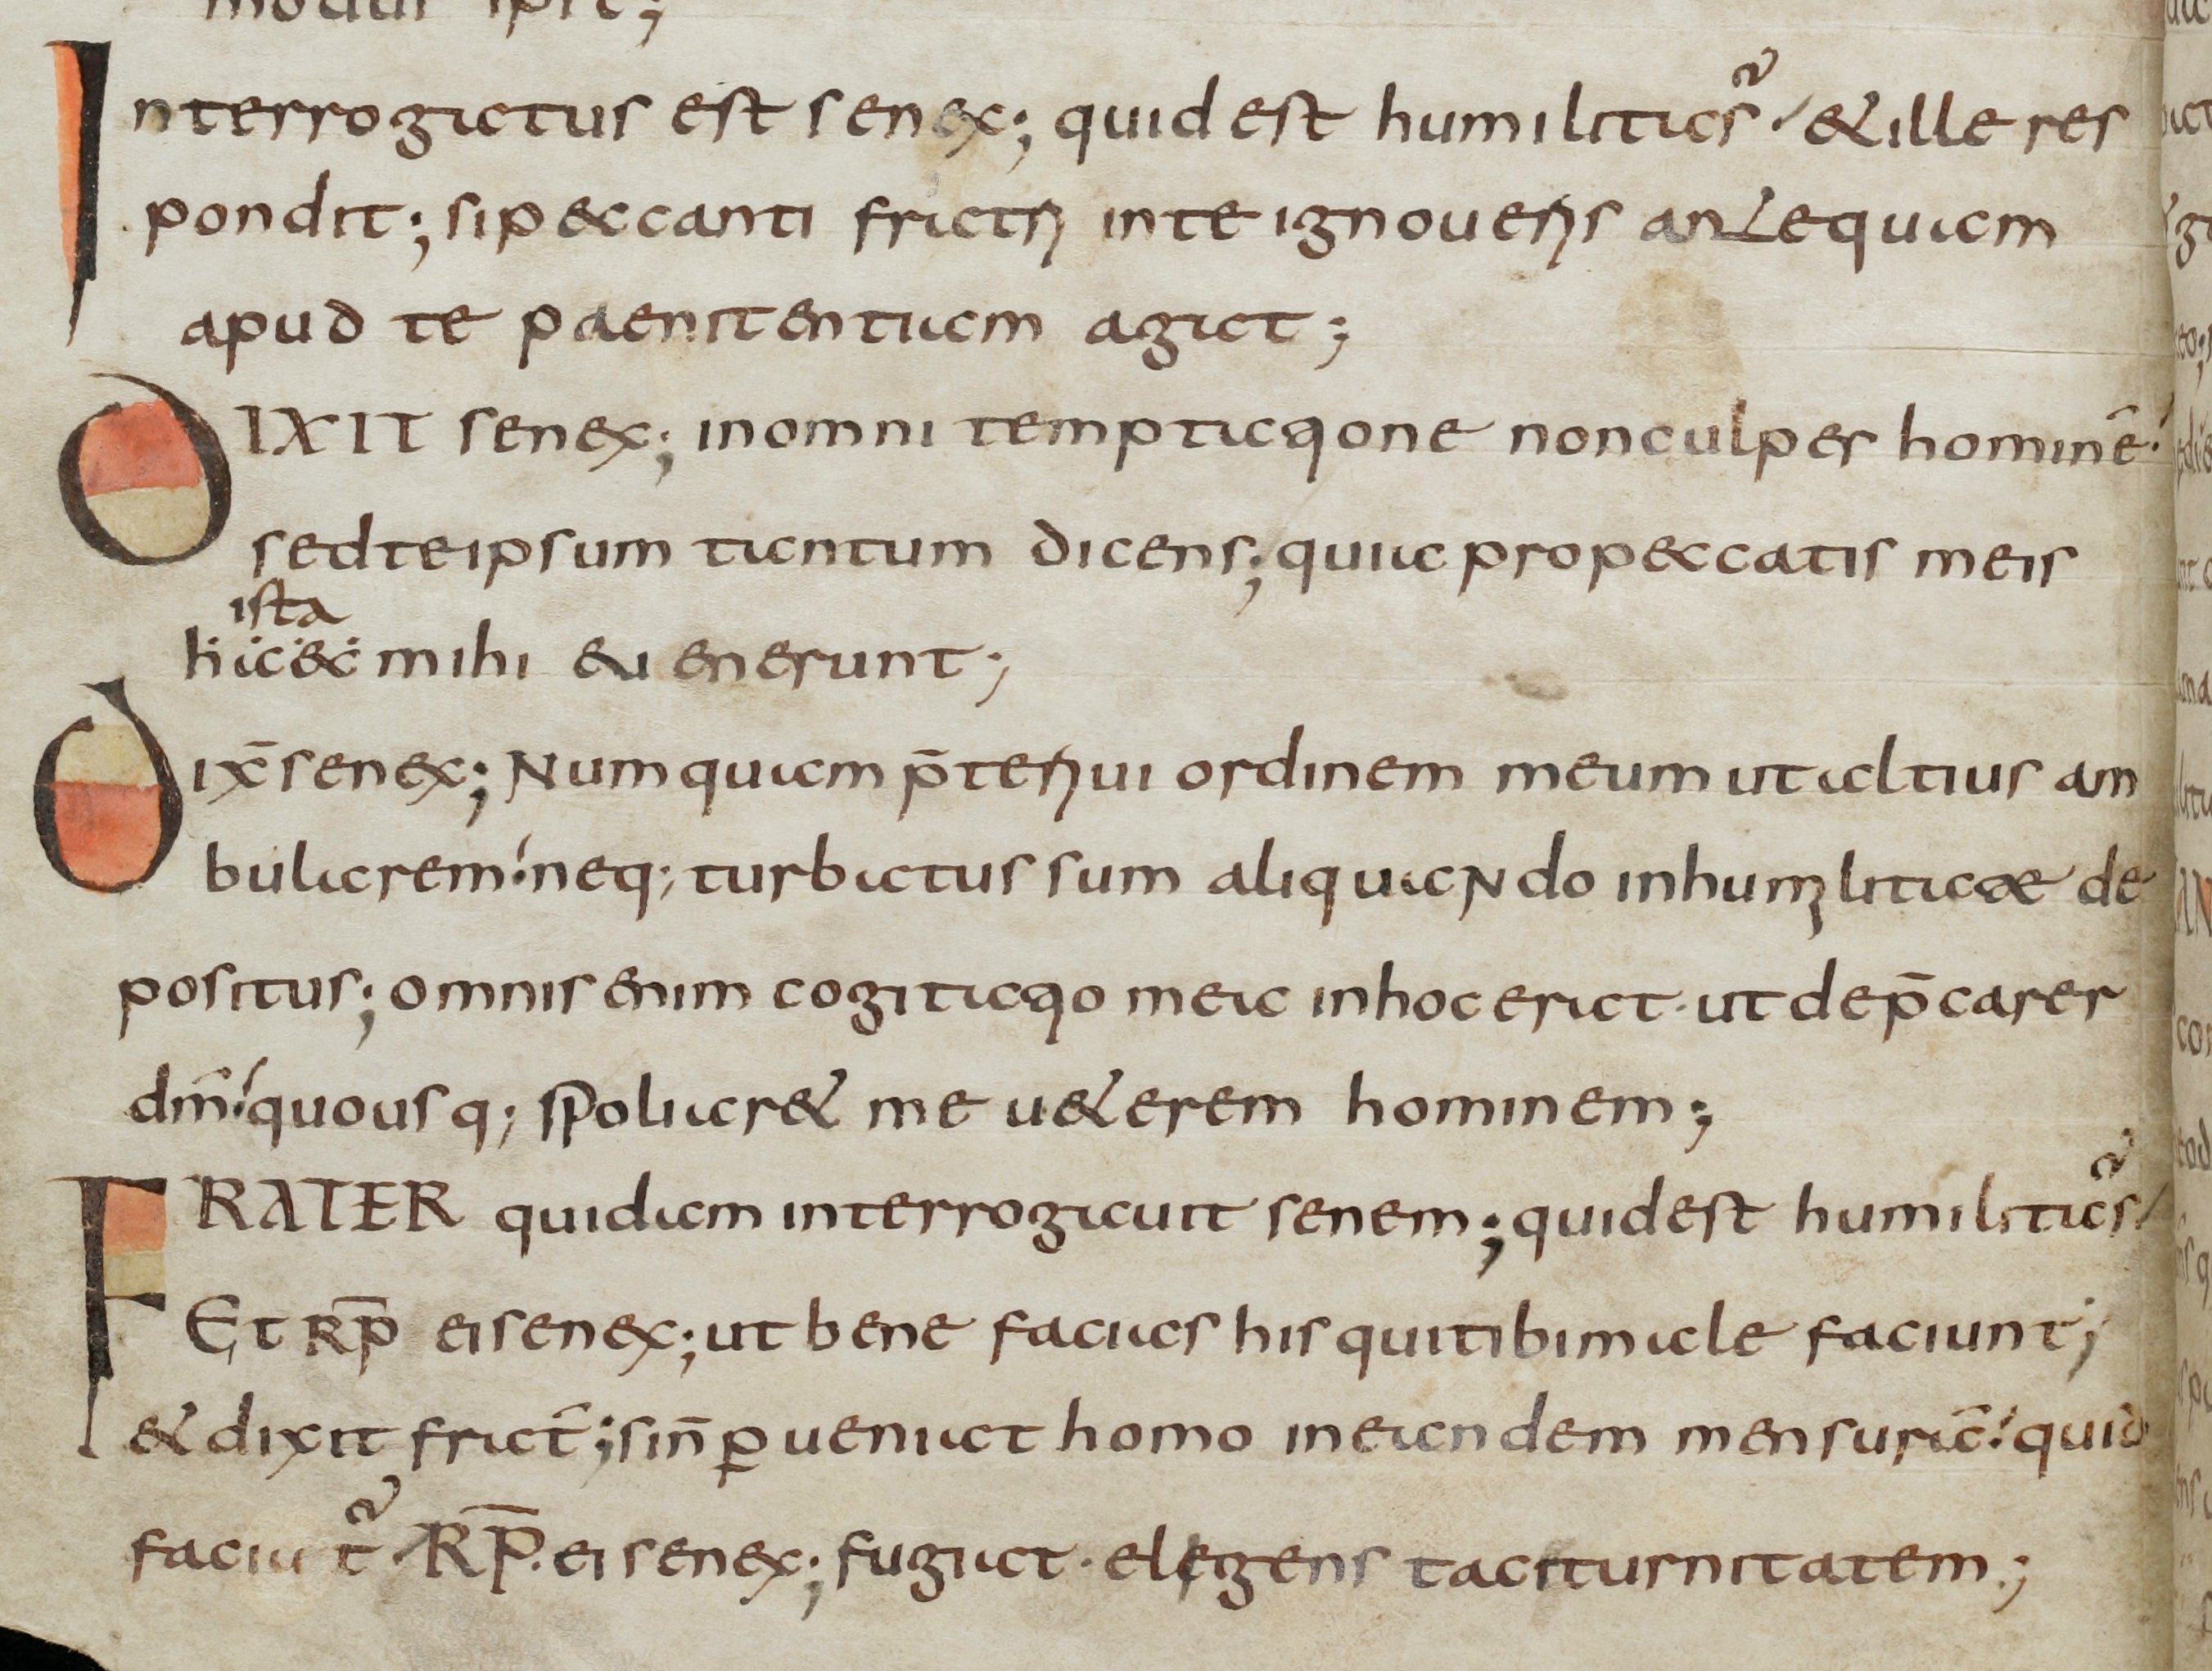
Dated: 800–849